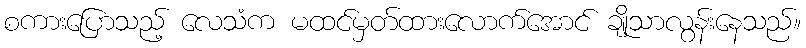
စကားပြောသည့် လေသံက မထင်မှတ်ထားလောက်အောင် ချိုသာလွန်းနေသည်။